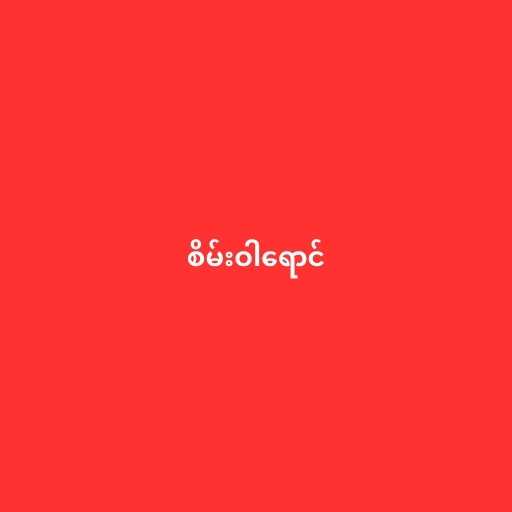
စိမ်းဝါရောင်